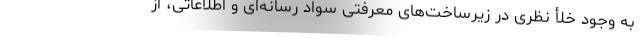
به وجود خلأ نظری در زیرساخت‌های معرفتی سواد رسانه‌ای و اطلاعاتی، از